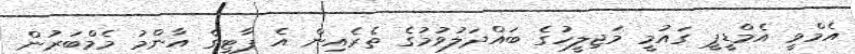
އެމްވީ އެމްޑީޕީ ގައުމީ މަޖިލީހުގެ ބައްދަލުވުމުގެ ތެރެއިން އެ ޕާޓީގެ އާންމު މެމްބަރުން